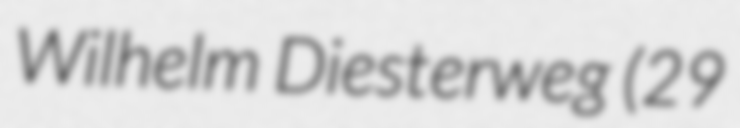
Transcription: Wilhelm Diesterweg (29